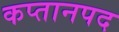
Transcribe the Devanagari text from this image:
कप्तानपद